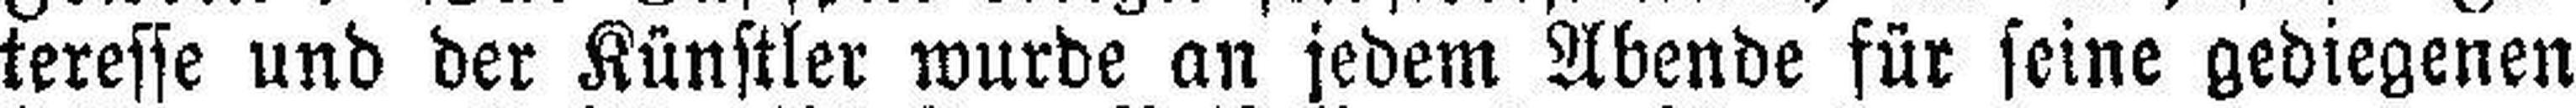
teresse und der Künstler wurde an jedem Abende für seine gediegenen